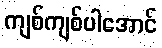
ကျစ်ကျစ်ပါအောင်